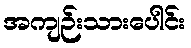
အကျဉ်းသားပေါင်း